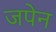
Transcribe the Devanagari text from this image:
जपेन